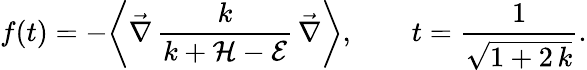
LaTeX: f(t)=-\biggl\langle\vec{\nabla}\, \frac{k}{k+\mathcal{H}-\mathcal{E}}\, \vec{\nabla}\biggr\rangle,\qquad t=\frac{1}{\sqrt{1+2\, k}}.